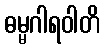
ဓမ္မဂါရဝါတိ